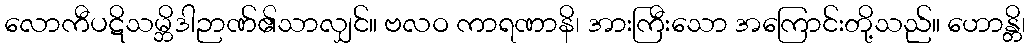
လောကီပဋိသမ္ဘိဒါဉာဏ်၏သာလျှင်။ ဗလဝ ကာရဏာနိ၊ အားကြီးသော အကြောင်းတို့သည်။ ဟောန္တိ၊